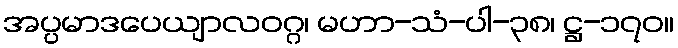
အပ္ပမာဒပေယျာလဝဂ္ဂ၊ မဟာ-သံ-ပါ-၃၈၊ ဋ္ဌ-၁၇၀။